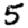
Digit: 5